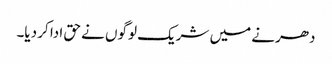
دھرنے میں شریک لوگوں نے حق ادا کر دیا۔